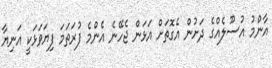
އާންމު އުސޫލެއްގެ ދަށުން އެގޮތަށް އަޅަން ޖެހޭނެ އެންމެ ފުރަތަމަ ފިޔަވަޅަކީ އަނިޔާ